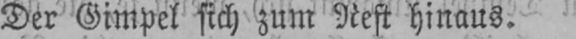
Der Gimpel sich zum Nest hinaus.